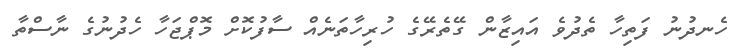
ހެނދުނު ފަތިހާ ތެދުވެ އައިޒާން ގޭތެރޭގެ ހުރިހާތަނެއް ސާފުކޮށް މޮޕްޖަހާ ހެދުނުގެ ނާސްތާ